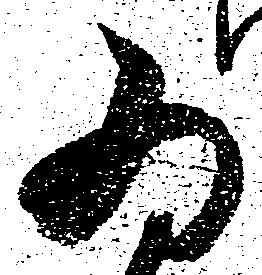
為